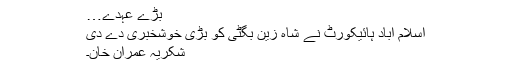
بڑے عہدے…
اسلام آباد ہائیکورٹ نے شاہ زین بگٹی کو بڑی خوشخبری دے دی
شکریہ عمران خان۔